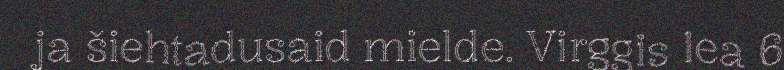
ja šiehtadusaid mielde. Virggis lea 6